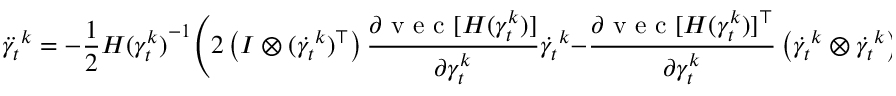
\ddot { \gamma _ { t } } ^ { k } = - \frac { 1 } { 2 } { H ( \gamma _ { t } ^ { k } ) } ^ { - 1 } \Bigg ( 2 \left( I \otimes ( \dot { \gamma _ { t } } ^ { k } ) ^ { \top } \right) \frac { \partial \mathrm { ~ v ~ e ~ c ~ } [ H ( \gamma _ { t } ^ { k } ) ] } { \partial \gamma _ { t } ^ { k } } \dot { \gamma _ { t } } ^ { k } - \frac { \partial \mathrm { ~ v ~ e ~ c ~ } [ H ( \gamma _ { t } ^ { k } ) ] ^ { \top } } { \partial \gamma _ { t } ^ { k } } \left( \dot { \gamma _ { t } } ^ { k } \otimes \dot { \gamma _ { t } } ^ { k } \right) \Bigg ) ,